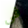
فى